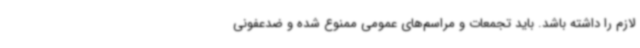
لازم را داشته باشد. باید تجمعات و مراسم‌های عمومی ممنوع شده و ضدعفونی